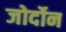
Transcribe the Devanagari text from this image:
जोर्दोन